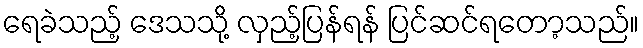
ရေခဲသည့် ဒေသသို့ လှည့်ပြန်ရန် ပြင်ဆင်ရတော့သည်။